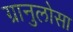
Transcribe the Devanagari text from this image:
ग्रानुलोसा